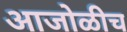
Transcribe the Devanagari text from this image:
आजोळीच